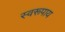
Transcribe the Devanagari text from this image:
स्वरूपाय